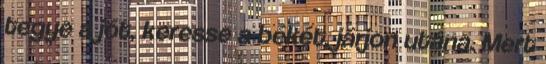
tegye a jót, keresse a békét, járjon utána. Mert